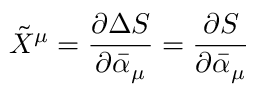
{ \tilde { X } } ^ { \mu } = \frac { \partial \Delta S } { \partial { \bar { \alpha } } _ { \mu } } = \frac { \partial S } { \partial { \bar { \alpha } } _ { \mu } }